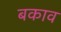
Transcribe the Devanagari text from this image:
बकाव